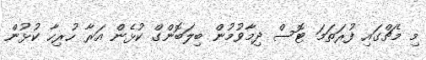
މި މެޗްގައި ފުރަތަމަ ޓޮސް ދިމާވުމުން ބިލަބޮންގް ކުޅެން އަރާ ހުރިހާ ކުޅުން